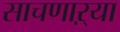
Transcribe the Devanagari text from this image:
साचणाऱ्या